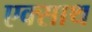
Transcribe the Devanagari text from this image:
एक्साथ